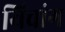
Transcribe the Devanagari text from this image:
यिचांग